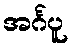
အင်္ဂပူ